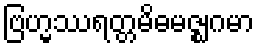
ဗြဟ္မဿရတ္တမိဓမဇ္ဈဂမာ